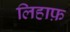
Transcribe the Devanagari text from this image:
लिहाफ़